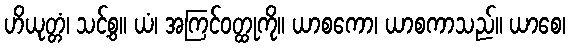
ဟိယုတ္တံ၊ သင့်စွ။ ယံ၊ အကြင်ဝတ္ထုကို။ ယာစကော၊ ယာစကာသည်။ ယာစေ၊